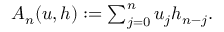
\begin{array} { r } { A _ { n } ( u , h ) : = \sum _ { j = 0 } ^ { n } u _ { j } h _ { n - j } . } \end{array}